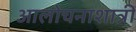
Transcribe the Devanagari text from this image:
आलोचनाशात्री